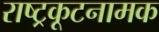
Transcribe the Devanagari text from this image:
राष्ट्रकूटनामक